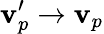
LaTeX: \mathbf{v}_{p}^{\prime}\rightarrow\mathbf{v}_{p}